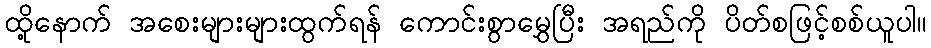
ထို့နောက် အစေးများများထွက်ရန် ကောင်းစွာမွှေပြီး အရည်ကို ပိတ်စဖြင့်စစ်ယူပါ။